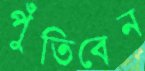
পুঁতিবেন